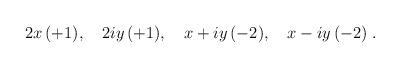
LaTeX: \begin{align*}2x \, (+1), \quad 2iy \, (+1), \quad x+iy \, (-2), \quad x-iy \, (-2) \;.\end{align*}